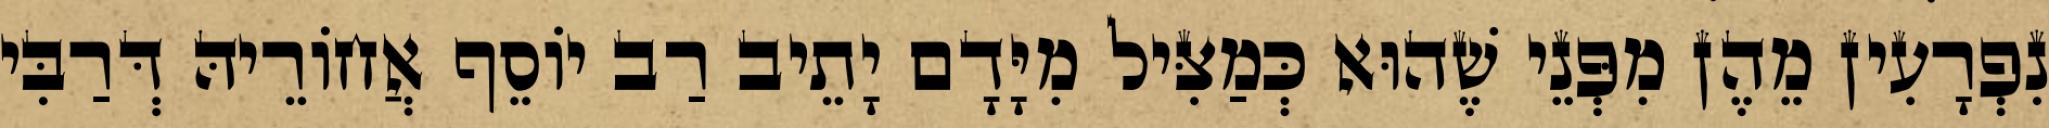
נִפְרָעִין מֵהֶן מִפְּנֵי שֶׁהוּא כְּמַצִּיל מִיָּדָם יָתֵיב רַב יוֹסֵף אֲחוֹרֵיהּ דְּרַבִּי